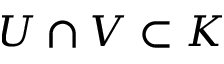
U \cap V \subset K